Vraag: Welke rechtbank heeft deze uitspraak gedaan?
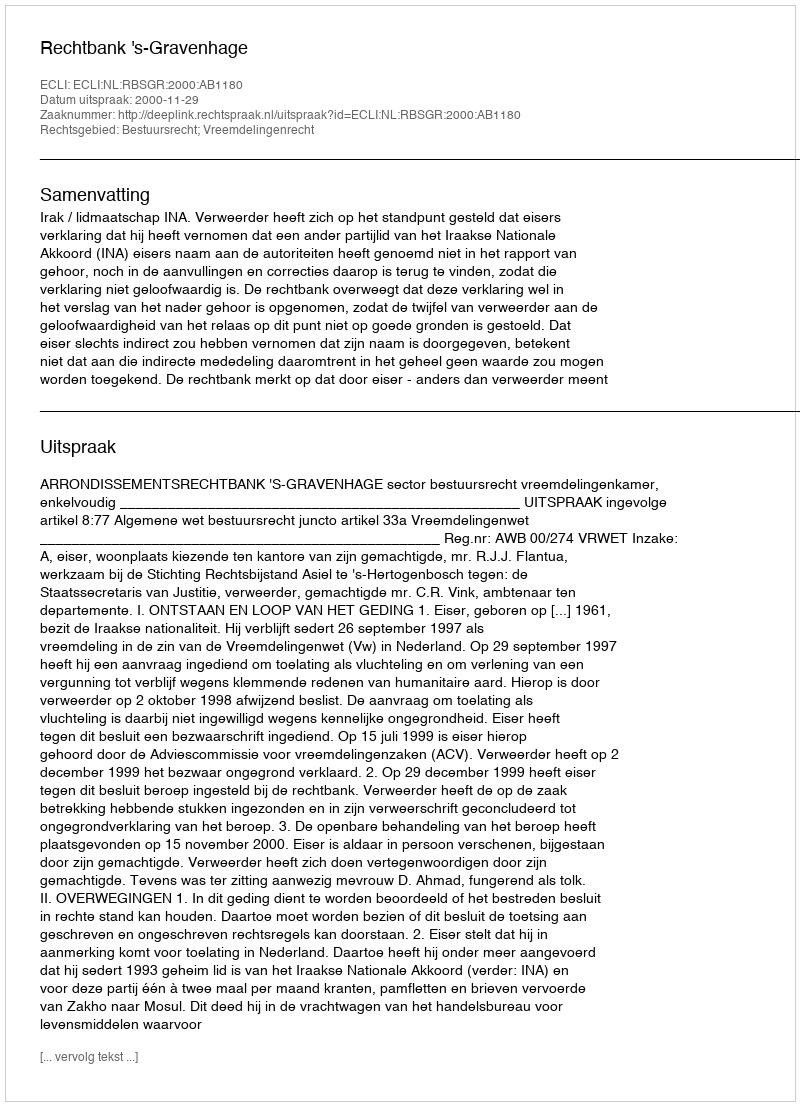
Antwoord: Rechtbank 's-Gravenhage